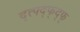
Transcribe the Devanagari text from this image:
द्त्फ्द्फ्द्फ्